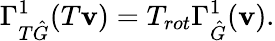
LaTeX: \Gamma_{T\hat{G}}^{1}(T\mathbf{v})=T_{rot}\Gamma_{\hat{G}}^{1}(\mathbf{v}).